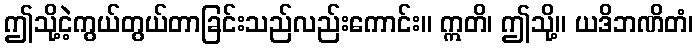
ဤသို့ငဲ့ကွယ်တွယ်တာခြင်းသည်လည်းကောင်း။ ဣတိ၊ ဤသို့။ ယဒိဘဏိတံ၊